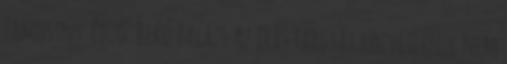
Zamostny. Edző: Bekő Balázs Az írás tárgyát közvetlenül nem